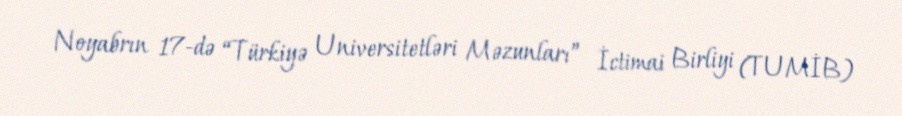
Noyabrın 17-də “Türkiyə Universitetləri Məzunları” İctimai Birliyi (TUMİB)